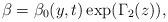
LaTeX: \begin{align*}\beta=\beta_{0}(y,t)\exp(\Gamma_{2}(z)), \end{align*}